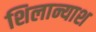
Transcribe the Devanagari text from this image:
शिलान्याश